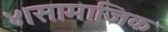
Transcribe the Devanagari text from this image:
४।सामाजिक